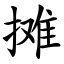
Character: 摊